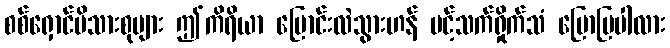
စစ်ရှောင်မိသားစုများ ဤကိရိယာ ပြောင်းလဲသွားဟန် ပင့်သက်ရှိုက်သံ ပြောပြပါလား